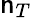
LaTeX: \mathsf{n}_{T}